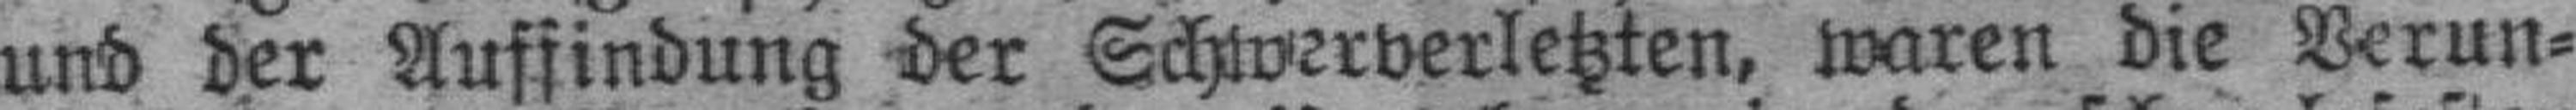
und der Auffindung der Schwerverletzten, waren die Verun¬